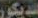
للديكور